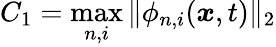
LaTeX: C_{1}=\operatorname*{max}_{n,i}\| \phi_{n,i}(\boldsymbol{x},t)\| _{2}